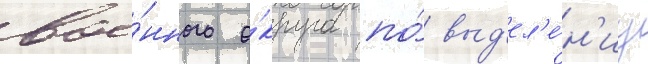
вое́нного о́круга по́ выд'ел'е́н'иу